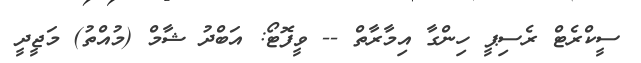
ސީކްރެޓް ރެސިޕީ ހިންގާ އިމާރާތް -- ވީފޮޓޯ: އަބްދު ޝާމް (މުއްތު) މަޖީދީ